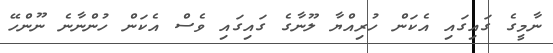
ނާމީގެ ގައިގައި އެކަން ހުރިއްޔާ ލޫނާގެ ގައިގައި ވެސް އެކަން ހުންނާނެ ނޫންހޭ